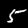
Label: 5